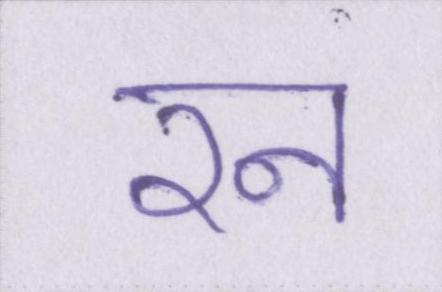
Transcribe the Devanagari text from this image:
रन